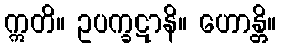
ဣတိ။ ဥပက္ခဋာနိ။ ဟောန္တိ။